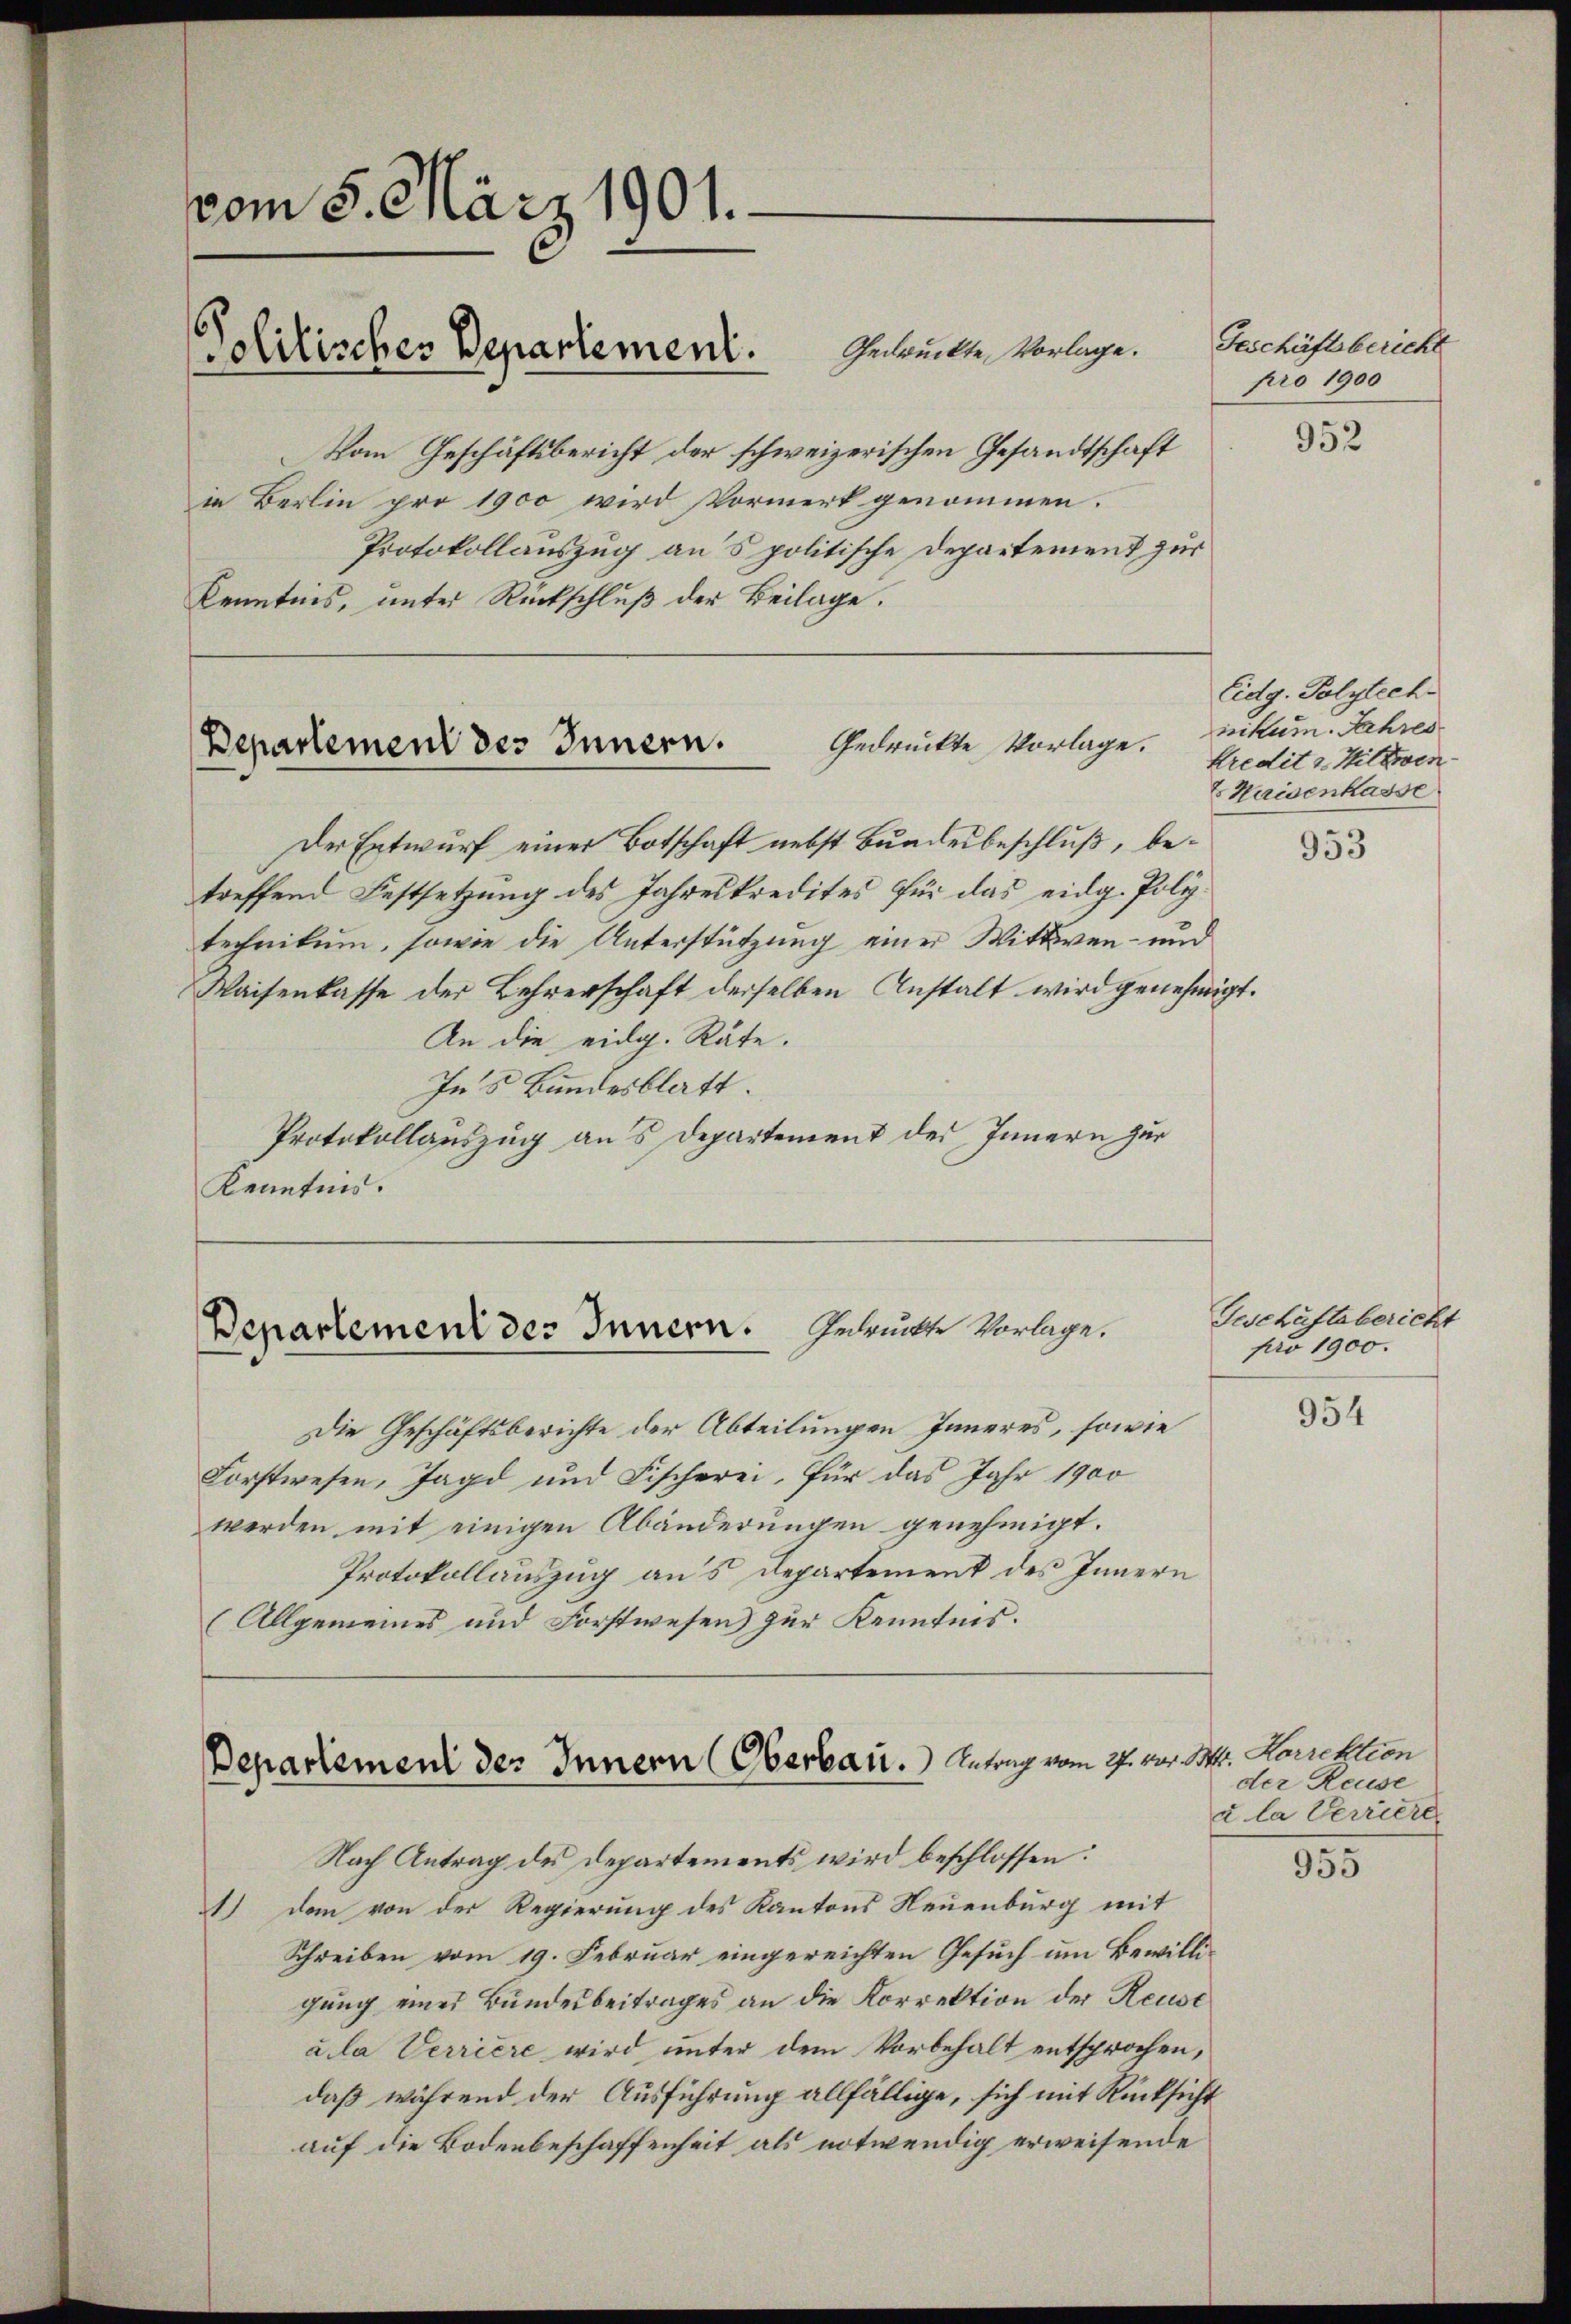
vom 5. März 1901.
Politisches Departement. Geleiten Vorlage.
Vom Geschäftsbericht der schweizerischen Gesandtschaft
in Berlin pro 1900 wird Vormerk genommen.

Protokollauszug ans politische Departement zur
Kenntnis, unter Rückschluß der Beilage.

Gedruckte Vorlage.
Departement des Innern.

Der Entwurf einer Botschaft nebst Bundesbeschluß, betreffend Festsetzung des Jahreskredites für das eidg. Politechnikum, sowie die Unterstützung einer Wittwen- und
Waisenkasse der Lehrerschaft derselben Anstalt wird genehmigt
An die eidg. Räte.
Ins Bundesblatt.
Protokollauszug aus Departement des Innern zur
Kenntnis.

Departement des Innern. Gedrückte Vorlage.

Die Geschäftsberichte der Abteilungen Inneres, sowie
Forstwesen, Jagd und Fischerei, für das Jahr 1900
werden mit einigen Abänderungen genehmigt.
Protokollauszug aus Departement des Innern
(Allgemeines und Forstwesen) zur Kenntnis.

Departement des Innern (Oberbar. Antrag vom 27. vor 14. Korrektion

Nach Antrag des Departements wird beschlossen:
) den von der Regierung des Kantons Neuenburg mit
Schreiben vom 19. Februar eingereichten Gesuch um Bewilligung eines Bundesbeitrages an die Korrektion der Reust
a la Verriere wird unter dem Vorbehalt entsprochen,
daß während der Ausführung allfällige, sich mit Rücksicht
auf die Bodenbeschaffenheit als notwendig erweisende

Geschäftsbericht
pro 1900

t.

952

Eidg. Polytech
nikum. Jahres
Kredit z. Hilden
Waisenkasse

953

Geschäftsbericht
pro 1900.

954

der Reuse
u la Verriere

335